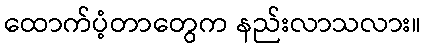
ထောက်ပံ့တာတွေက နည်းလာသလား။